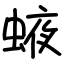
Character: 𧌊